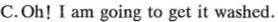
C.Oh！I am going to get it washed.